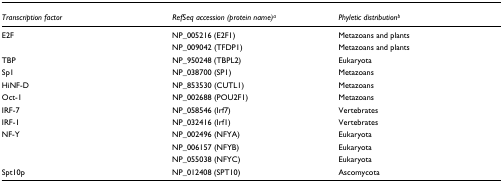
<table><thead><tr><td><b><i>Transcription factor</i></b></td><td><b><i>RefSeq accession (protein name)</i><sup><i>a</i></sup></b></td><td><b><i>Phyletic distribution</i><sup><i>b</i></sup></b></td></tr></thead><tbody><tr><td>E2F</td><td>NP_005216 (E2F1)</td><td>Metazoans and plants</td></tr><tr><td></td><td>NP_009042 (TFDP1)</td><td>Metazoans and plants</td></tr><tr><td>TBP</td><td>NP_950248 (TBPL2)</td><td>Eukaryota</td></tr><tr><td>Sp1</td><td>NP_038700 (SP1)</td><td>Metazoans</td></tr><tr><td>HiNF-D</td><td>NP_853530 (CUTL1)</td><td>Metazoans</td></tr><tr><td>Oct-1</td><td>NP_002688 (POU2F1)</td><td>Metazoans</td></tr><tr><td>IRF-7</td><td>NP_058546 (Irf7)</td><td>Vertebrates</td></tr><tr><td>IRF-1</td><td>NP_032416 (Irf1)</td><td>Vertebrates</td></tr><tr><td>NF-Y</td><td>NP_002496 (NFYA)</td><td>Eukaryota</td></tr><tr><td></td><td>NP_006157 (NFYB)</td><td>Eukaryota</td></tr><tr><td></td><td>NP_055038 (NFYC)</td><td>Eukaryota</td></tr><tr><td>Spt10p</td><td>NP_012408 (SPT10)</td><td>Ascomycota</td></tr></tbody></table>